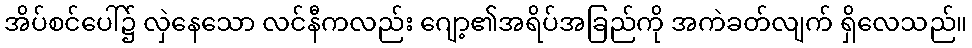
အိပ်စင်ပေါ်၌ လှဲနေသော လင်နီကလည်း ဂျော့၏အရိပ်အခြည်ကို အကဲခတ်လျက် ရှိလေသည်။